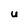
Character: U